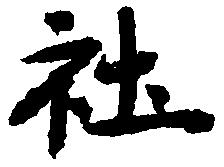
社